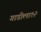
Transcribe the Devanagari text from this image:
गाडीला१२